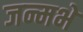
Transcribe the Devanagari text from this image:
जन्मभे